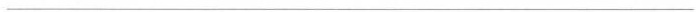
___